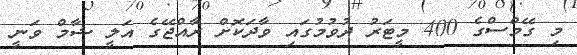
މި ގޭމްސްގެ 400 މީޓަރު ދުވުމުގައި ވާދަކޮށް ރާއްޖޭގެ އަލީ ޝާމް ވަނީ